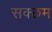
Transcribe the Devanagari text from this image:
सक्छम